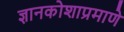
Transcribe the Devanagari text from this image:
ज्ञानकोशाप्रमाणे